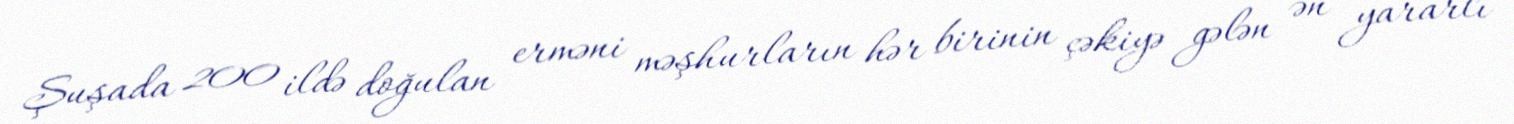
Şuşada 200 ildə doğulan erməni məşhurların hər birinin çəkiyə gələn ən yararlı